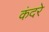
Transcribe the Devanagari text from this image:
कंदरे